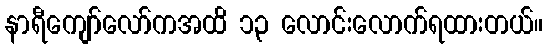
နာရီကျော်လော်ကအထိ ၁၃ လောင်းလောက်ရထားတယ်။